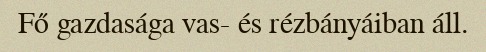
Fő gazdasága vas- és rézbányáiban áll.